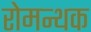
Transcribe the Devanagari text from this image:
रोमन्थक